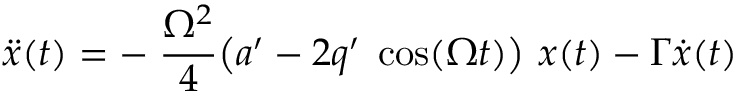
\ddot { x } ( t ) = - \; \frac { \Omega ^ { 2 } } { 4 } \big ( a ^ { \prime } - 2 q ^ { \prime } \; \cos ( \Omega t ) \big ) \ x ( t ) - \Gamma \dot { x } ( t )